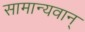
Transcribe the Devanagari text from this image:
सामान्यवान्